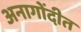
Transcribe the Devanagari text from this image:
अनागोंदीत